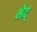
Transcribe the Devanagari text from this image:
भेद्